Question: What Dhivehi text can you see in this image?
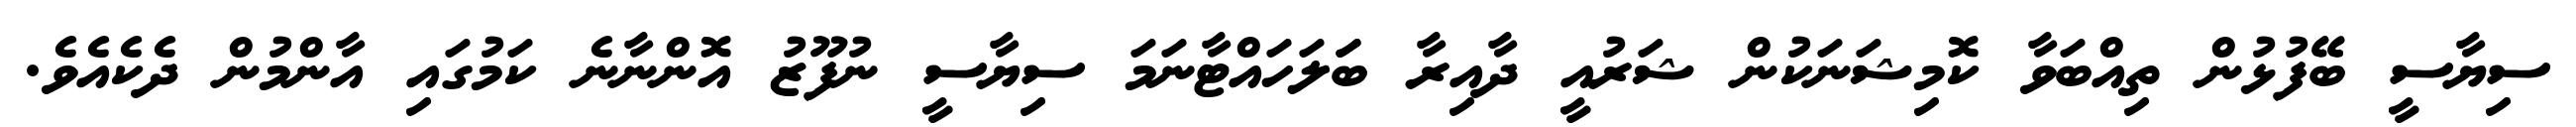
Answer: ސިޔާސީ ބޭފުޅުން ތިއްބަވާ ކޮމިޝަނަކުން ޝަރުއީ ދާއިރާ ބަަލަހައްޓާނަމަ ސިޔާސީ ނުފޫޒު އޮންނާނެ ކަމުގައި އާންމުން ދެކެއެވެ.